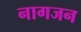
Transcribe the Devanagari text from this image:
नागजन